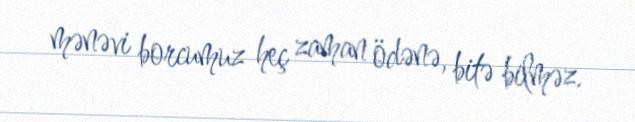
mənəvi borcumuz heç zaman ödənə, bitə bilməz.